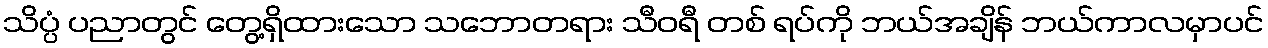
သိပ္ပံ ပညာတွင် တွေ့ရှိထားသော သဘောတရား သီဝရီ တစ် ရပ်ကို ဘယ်အချိန် ဘယ်ကာလမှာပင်